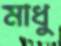
মাধু